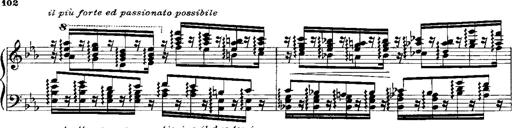
Title: RÃ©miniscences de Norma de Bellini
Composer: Franz Liszt